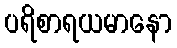
ပရိစာရယမာနော